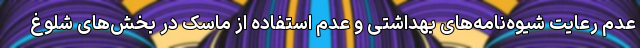
عدم رعایت شیوه‌نامه‌های بهداشتی و عدم استفاده از ماسک در بخش‌های شلوغ